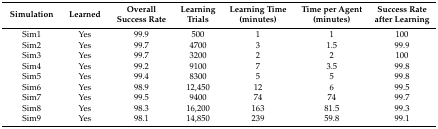
<table><thead><tr><td><b>Simulation</b></td><td><b>Learned</b></td><td><b>Overall Success Rate</b></td><td><b>Learning Trials</b></td><td><b>Learning Time (minutes)</b></td><td><b>Time per Agent (minutes)</b></td><td><b>Success Rate after Learning</b></td></tr></thead><tbody><tr><td>Sim1</td><td>Yes</td><td>99.9</td><td>500</td><td>1</td><td>1</td><td>100</td></tr><tr><td>Sim2</td><td>Yes</td><td>99.7</td><td>4700</td><td>3</td><td>1.5</td><td>99.9</td></tr><tr><td>Sim3</td><td>Yes</td><td>99.7</td><td>3200</td><td>2</td><td>2</td><td>100</td></tr><tr><td>Sim4</td><td>Yes</td><td>99.2</td><td>9100</td><td>7</td><td>3.5</td><td>99.8</td></tr><tr><td>Sim5</td><td>Yes</td><td>99.4</td><td>8300</td><td>5</td><td>5</td><td>99.8</td></tr><tr><td>Sim6</td><td>Yes</td><td>98.9</td><td>12,450</td><td>12</td><td>6</td><td>99.5</td></tr><tr><td>Sim7</td><td>Yes</td><td>99.5</td><td>9400</td><td>74</td><td>74</td><td>99.7</td></tr><tr><td>Sim8</td><td>Yes</td><td>98.3</td><td>16,200</td><td>163</td><td>81.5</td><td>99.3</td></tr><tr><td>Sim9</td><td>Yes</td><td>98.1</td><td>14,850</td><td>239</td><td>59.8</td><td>99.1</td></tr></tbody></table>